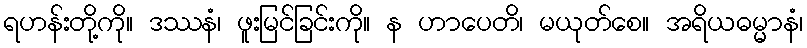
ရဟန်းတို့ကို။ ဒဿနံ၊ ဖူးမြင်ခြင်းကို။ န ဟာပေတိ၊ မယုတ်စေ။ အရိယဓမ္မာနံ၊